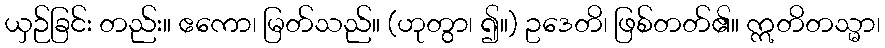
ယှဉ်ခြင်း တည်း။ ဧကော၊ မြတ်သည်။ (ဟုတွာ၊ ၍။) ဥဒေတိ၊ ဖြစ်တတ်၏။ ဣတိတသ္မာ၊